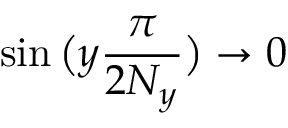
\sin \big ( y \frac { \pi } { 2 N _ { y } } \big ) \rightarrow 0